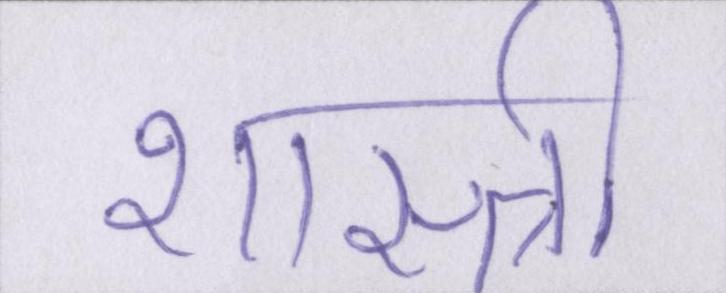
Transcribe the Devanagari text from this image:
शास्त्री